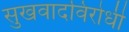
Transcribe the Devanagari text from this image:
सुखवादविरोधी